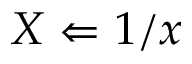
X \Leftarrow 1 / x